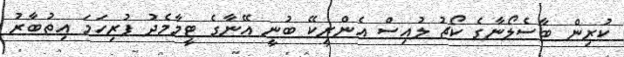
ކުރިން ބާސެލޯނާގެ ކޯޗު ލުއިސް އެންރީކޭ ބުނީ އޭނާގެ ޓީމާމެދު ފުރިހަމަ އިތުބާރު